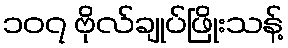
၁၀၇ ဗိုလ်ချုပ်ဖြိုးသန့်